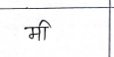
मजकूर: मी